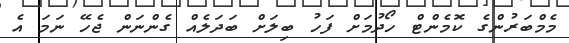
މެމްބަރުންގެ ކޮމެންޓް ހޯދުމަށް ފަހު ބިލަށް ބަދަލެއް ގެންނަން ޖެހޭ ނަމަ އެ